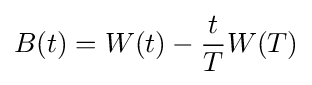
B(t)=W(t)-{\frac {t}{T}}W(T)